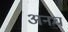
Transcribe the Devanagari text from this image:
अनघ